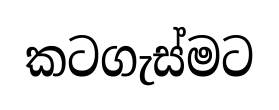
කටගැස්මට